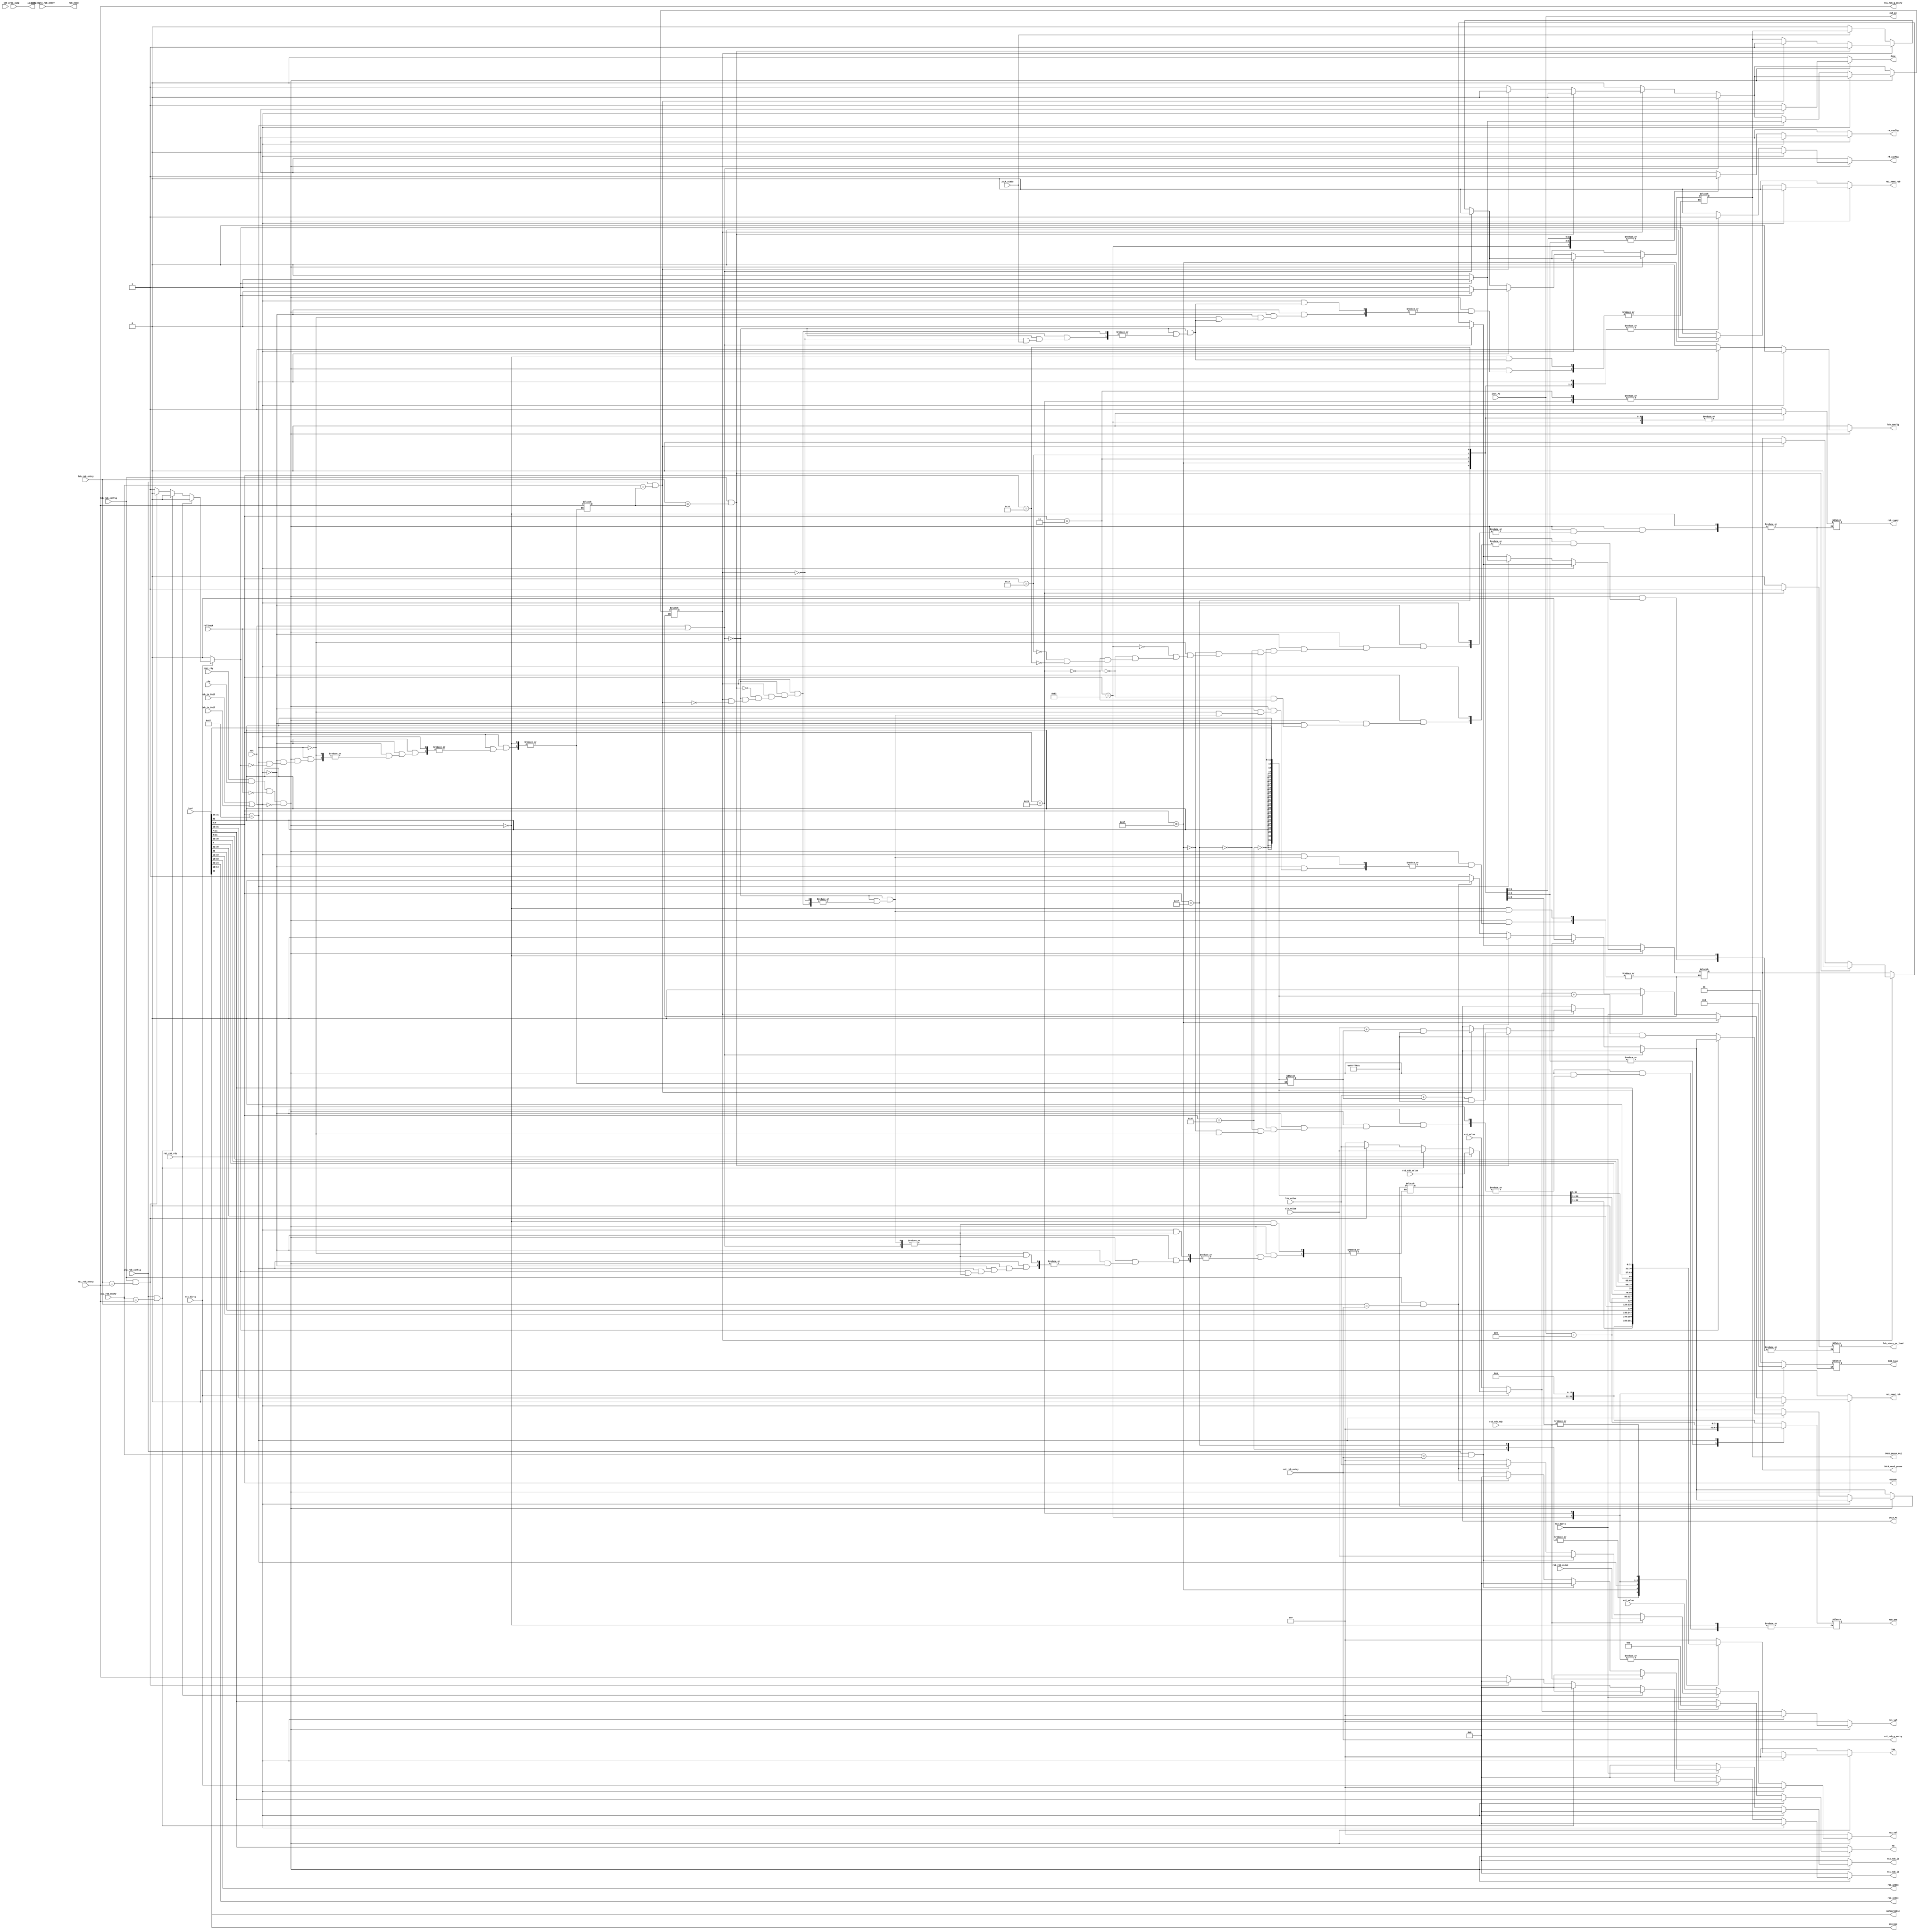
`ifndef DEC
`define DEC
module decoder (
    input   wire            clk,
    input   wire            rst,
    input   wire            rdy,
    input   wire            rollback,

    // handle ifetch
    input   wire            inst_rdy,
    input   wire    [31:0]  inst,
    input   wire    [31:0]  inst_PC,
    input   wire            pred_jump,

    // For immediate effect in the next clock, we use wire not reg
    // Query from Register File.
    output  wire     [4:0]  rs1_index,
    input   wire            rs1_dirty,
    input   wire    [3:0]   rs1_rob_entry,
    input   wire    [31:0]  rs1_value,

    output  wire     [4:0]  rs2_index,
    input   wire            rs2_dirty,
    input   wire    [3:0]   rs2_rob_entry,
    input   wire    [31:0]  rs2_value,

    // Query from ROB
    output  wire    [3:0]   rs1_rob_q_entry,
    input   wire    [31:0]  rs1_rob_value,
    input   wire            rs1_rob_rdy,

    output  wire    [3:0]   rs2_rob_q_entry,
    input   wire    [31:0]  rs2_rob_value,
    input   wire            rs2_rob_rdy,

    // To Register File to update dirty bit and ROB Entry index.
    output  reg             done,
    output  reg     [1:0]   ROB_type,
    output  reg     [6:0]   opcode,
    output  reg     [2:0]   precise,
    output  reg             moreprecise,
    output  reg     [4:0]   rd,
    output  reg     [31:0]  rs1_val,
    output  reg             rs1_need_rob,
    output  reg     [3:0]   rs1_rob_id,
    output  reg     [31:0]  rs2_val,
    output  reg             rs2_need_rob,
    output  reg     [3:0]   rs2_rob_id,
    output  reg     [31:0]  imm,
    output  reg             lsb_config,
    output  reg             lsb_store_or_load,  // 1 means store
    output  reg             rs_config,
    output  reg             rf_config,
    output  reg     [3:0]   rob_need,
    output  reg             is_jump,
    output  reg     [31:0]  out_pc,
    output  reg             rob_ready,
    output  reg     [31:0]  rob_ans,
    input   wire    [3:0]   next_empty_rob_entry,
    input   wire            rob_is_full,
    input   wire            lsb_is_full,
    // JALR pause
    output  reg             JALR_need_pause,
    output  reg             JALR_pause_rej,
    output  reg     [31:0]  JALR_PC,
    input   wire            JALR_statu,

    // broadcast from alu
    input   wire            alu_rob_config,
    input   wire    [3:0]   alu_rob_entry,
    input   wire    [31:0]  alu_value,

    // broadcast from lsb
    input   wire            lsb_rob_config,
    input   wire    [3:0]   lsb_rob_entry,
    input   wire    [31:0]  lsb_value
);
`ifdef JY
integer log;
initial begin
    log = $fopen("decoder.log", "w");
end
`endif
    // 31           25 24         20 19         15 14 12 11          7 6       0
    // +--------------+-------------+-------------+-----+-------------+---------+
    // |                   imm[31:12]                   |     rd      | 0110111 | LUI       
    // |                   imm[31:12]                   |     rd      | 0010111 | AUIPC     
    // |             imm[20|10:1|11|19:12]              |     rd      | 1101111 | JAL       
    // |         imm[11:0]          |     rs1     | 000 |     rd      | 1100111 | JALR      
    // | imm[12|10:5] |     rs2     |     rs1     | 000 | imm[4:1|11] | 1100011 | BEQ       
    // | imm[12|10:5] |     rs2     |     rs1     | 001 | imm[4:1|11] | 1100011 | BNE       
    // | imm[12|10:5] |     rs2     |     rs1     | 100 | imm[4:1|11] | 1100011 | BLT       
    // | imm[12|10:5] |     rs2     |     rs1     | 101 | imm[4:1|11] | 1100011 | BGE       
    // | imm[12|10:5] |     rs2     |     rs1     | 110 | imm[4:1|11] | 1100011 | BLTU      
    // | imm[12|10:5] |     rs2     |     rs1     | 111 | imm[4:1|11] | 1100011 | BGEU      
    // |         imm[11:0]          |     rs1     | 000 |     rd      | 0000011 | LB        
    // |         imm[11:0]          |     rs1     | 001 |     rd      | 0000011 | LH        
    // |         imm[11:0]          |     rs1     | 010 |     rd      | 0000011 | LW        
    // |         imm[11:0]          |     rs1     | 100 |     rd      | 0000011 | LBU       
    // |         imm[11:0]          |     rs1     | 101 |     rd      | 0000011 | LHU       
    // |  imm[11:5]   |     rs2     |     rs1     | 000 |  imm[4:0]   | 0100011 | SB        
    // |  imm[11:5]   |     rs2     |     rs1     | 001 |  imm[4:0]   | 0100011 | SH        
    // |  imm[11:5]   |     rs2     |     rs1     | 010 |  imm[4:0]   | 0100011 | SW        
    // |         imm[11:0]          |     rs1     | 000 |     rd      | 0010011 | ADDI      
    // |         imm[11:0]          |     rs1     | 010 |     rd      | 0010011 | SLTI      
    // |         imm[11:0]          |     rs1     | 011 |     rd      | 0010011 | SLTIU     
    // |         imm[11:0]          |     rs1     | 100 |     rd      | 0010011 | XORI      
    // |         imm[11:0]          |     rs1     | 110 |     rd      | 0010011 | ORI       
    // |         imm[11:0]          |     rs1     | 111 |     rd      | 0010011 | ANDI      
    // |   0000000    |    shamt    |     rs1     | 001 |     rd      | 0010011 | SLLI      
    // |   0000000    |    shamt    |     rs1     | 101 |     rd      | 0010011 | SRLI      
    // |   0100000    |    shamt    |     rs1     | 101 |     rd      | 0010011 | SRAI      
    // |   0000000    |     rs2     |     rs1     | 000 |     rd      | 0110011 | ADD       
    // |   0100000    |     rs2     |     rs1     | 000 |     rd      | 0110011 | SUB       
    // |   0000000    |     rs2     |     rs1     | 001 |     rd      | 0110011 | SLL       
    // |   0000000    |     rs2     |     rs1     | 010 |     rd      | 0110011 | SLT       
    // |   0000000    |     rs2     |     rs1     | 011 |     rd      | 0110011 | SLTU      
    // |   0000000    |     rs2     |     rs1     | 100 |     rd      | 0110011 | XOR       
    // |   0000000    |     rs2     |     rs1     | 101 |     rd      | 0110011 | SRL       
    // |   0100000    |     rs2     |     rs1     | 101 |     rd      | 0110011 | SRA       
    // |   0000000    |     rs2     |     rs1     | 110 |     rd      | 0110011 | OR        
    // |   0000000    |     rs2     |     rs1     | 111 |     rd      | 0110011 | AND       
    // an instruction can be divided into 9 categories:
    // 1. LUI & AUIPC & JAL
    // 2. JALR
    // 3. BEQ & BNE & BLT & BGE & BLTU & BGEU
    // 4. LB & LH & LW & LBU & LHU
    // 5. SB & SH & SW
    // 6. ADDI & SLTI & SLTIU & XORI & ORI & ANDI & SLLI & SRLI & SRAI
    // 7. ADD & SUB & SLL & SLT & SLTU & XOR & SRL & SRA & OR & AND
    // 8. END
    // [6:0] to note opcode, and each have [4:0];
    // and [31:0] rd, [31:0] rs1, [31:0] rs2, [31:0] imm;
    
    // query for rs1 and rs2
    // query for rs1 and rs2 if rely on ROB
    assign  rs1_rob_q_entry = rs1_rob_entry;
    assign  rs2_rob_q_entry = rs2_rob_entry;
    assign  rs1_index   = inst[19:15];
    assign  rs2_index   = inst[24:20];
    reg             is_wait;
    reg     [3:0]   wait_for_rob;
    reg     [31:0]  offset;


    always @(*) begin
        opcode  = inst[6:0];
        precise = inst[14:12];
        moreprecise = inst[30];
        rd  = inst[11:7];
        imm = 32'b0;
        rs1_val     = 32'b0;
        rs2_val     = 32'b0;
        rs1_rob_id  = 4'b0;
        rs2_rob_id  = 4'b0;
        rs1_need_rob    = 1'b0;
        rs2_need_rob    = 1'b0;
        done    = 1'b0;
        lsb_config  = 1'b0;
        rs_config   = 1'b0;
        rf_config   = 1'b0;
        rob_need    = next_empty_rob_entry;
        is_jump = pred_jump;
        out_pc  = inst_PC;
        if (rst || rollback) begin
            is_wait = 1'b0;
            JALR_need_pause = 1'b0;
            JALR_pause_rej  = 1'b0;
        end
        else if (is_wait) begin
                `ifdef JY
                    $fdisplay(log, "%t wait for rob: %D;", $realtime, wait_for_rob);
                `endif
                if (alu_rob_config && (alu_rob_entry == wait_for_rob)) begin
                    is_wait = 1'b0;
                    JALR_pause_rej  = 1'b1;
                    JALR_need_pause = 1'b0;
                    JALR_PC = (alu_value + offset) & 32'b11111111111111111111111111111110;
                    `ifdef JY
                        $fdisplay(log, "%t alu back from JALR; new PC: %H; VAL: %H; OFF: %H;", $realtime, (alu_value + offset) & 32'b11111111111111111111111111111110, alu_value, offset);
                    `endif
                end
                if (lsb_rob_config && (lsb_rob_entry == wait_for_rob)) begin
                    is_wait = 1'b0;
                    JALR_pause_rej  = 1'b1;
                    JALR_need_pause = 1'b0;
                    JALR_PC = (lsb_value + offset) & 32'b11111111111111111111111111111110;
                    `ifdef JY
                        $fdisplay(log, "%t lsb back from JALR; new PC: %H; VAL: %H; OFF: %H;", $realtime, (lsb_value + offset) & 32'b11111111111111111111111111111110, lsb_value, offset);
                    `endif
                end
        end
        else if (!JALR_statu) begin
            JALR_pause_rej  = 1'b0;
        end
        if (inst_rdy && rdy && (!rollback) && (!rst)) begin
            if (!(rob_is_full || lsb_is_full))begin
                if (!rs1_dirty) begin
                    rs1_val = rs1_value;
                end else if (rs1_rob_rdy) begin
                    rs1_val = rs1_rob_value;
                end else if (alu_rob_config && (alu_rob_entry == rs1_rob_entry)) begin
                    rs1_val = alu_value;
                end else if (lsb_rob_config && (lsb_rob_entry == rs1_rob_entry)) begin
                    rs1_val = lsb_value;
                end else begin
                    rs1_need_rob    = 1'b1;
                    rs1_rob_id  = rs1_rob_entry;
                end

                if (!rs2_dirty) begin
                    rs2_val = rs2_value;
                end else if (rs2_rob_rdy) begin
                    rs2_val = rs2_rob_value;
                end else if (alu_rob_config && (alu_rob_entry == rs2_rob_entry)) begin
                    rs2_val = alu_value;
                end else if (lsb_rob_config && (lsb_rob_entry == rs2_rob_entry)) begin
                    rs2_val = lsb_value;
                end else begin
                    rs2_need_rob    = 1'b1;
                    rs2_rob_id  = rs2_rob_entry;
                end
                case (opcode)
                    7'b0110111: begin   // LUI
                        `ifdef JY
                            $fdisplay(log, "%t LUI;", $realtime);
                        `endif
                        imm = {inst[31:12], 12'b0};
                        rob_ans = {inst[31:12], 12'b0};
                        rs_config   = 1'b0;
                        ROB_type    = 2'b00;
                        rob_ready   = 1'b1;
                        lsb_config  = 1'b0;
                        rf_config   = 1'b1;
                    end
                    7'b0010111: begin   // AUIPC
                        `ifdef JY
                            $fdisplay(log, "%t AUIPC;", $realtime);
                        `endif
                        imm = {inst[31:12], 12'b0};
                        rob_ans = 32'b0;
                        rs_config   = 1'b1;
                        ROB_type    = 2'b00;
                        rob_ready   = 1'b0;
                        lsb_config  = 1'b0;
                        rf_config   = 1'b1;
                    end
                    7'b1101111: begin               // JAL
                        `ifdef JY
                            $fdisplay(log, "%t JAL;", $realtime);
                        `endif
                        imm = {{12{inst[31]}}, inst[19:12], inst[20], inst[30:21], 1'b0};
                        rob_ans = 32'b0;
                        rs_config   = 1'b1;
                        ROB_type    = 2'b00;
                        rob_ready   = 1'b0;
                        lsb_config  = 1'b0;
                        rf_config   = 1'b1;
                        rs1_need_rob    = 1'b0;
                        rs2_need_rob    = 1'b0;
                    end
                    7'b1100111: begin               // JALR
                        `ifdef JY
                            $fdisplay(log, "%t JALR;", $realtime);
                        `endif
                        imm = inst_PC + 4;
                        rob_ans = inst_PC + 4;
                        ROB_type    = 2'b00;
                        rob_ready   = 1'b1;
                        lsb_config  = 1'b0;
                        rf_config   = 1'b1;
                        if (rs1_need_rob) begin
                            `ifdef JY
                                $fdisplay(log, "%t JALR need pause; rob: %D;", $realtime, rs1_rob_entry);
                            `endif
                            JALR_need_pause = 1'b1;
                            JALR_pause_rej  = 1'b0;
                            is_wait = 1'b1;
                            wait_for_rob    = rs1_rob_entry;
                            offset  = {{21{inst[31]}}, inst[30:20]};
                        end
                        else begin
                            `ifdef JY
                                $fdisplay(log, "%t JALR don't pause; new PC: %8H", $realtime, (rs1_val + {{21{inst[31]}}, inst[30:20]}) & 32'b11111111111111111111111111111110);
                            `endif
                            JALR_need_pause = 1'b0;
                            JALR_pause_rej  = 1'b1;
                            is_wait = 1'b0;
                            JALR_PC = (rs1_val + {{21{inst[31]}}, inst[30:20]}) & 32'b11111111111111111111111111111110;
                        end
                    end
                    7'b1100011: begin               // branch
                        `ifdef JY
                            $fdisplay(log, "%t Branch;", $realtime);
                        `endif
                        imm = {{21{inst[31]}}, inst[7], inst[30:25], inst[11:8], 1'b0};
                        rs_config   = 1'b1;
                        rd  = 5'b0;
                        ROB_type    = 2'b10;
                        rob_ready   = 1'b0;
                        lsb_config  = 1'b0;
                        rf_config   = 1'b0;
                    end
                    7'b0000011: begin               // load
                        `ifdef JY
                            $fdisplay(log, "%t Load;", $realtime);
                        `endif
                        imm = {{21{inst[31]}}, inst[30:20]};
                        lsb_config  = 1'b1;
                        lsb_store_or_load   = 1'b0;
                        ROB_type    = 2'b00;
                        rob_ready   = 1'b0;
                        rf_config   = 1'b1;
                    end
                    7'b0100011: begin               // store
                        `ifdef JY
                            $fdisplay(log, "%t Store;", $realtime);
                        `endif
                        imm = {{21{inst[31]}}, inst[30:25], inst[11:7]};
                        lsb_config  = 1'b1;
                        lsb_store_or_load   = 1'b1;
                        rd  = 5'b0;
                        ROB_type    = 2'b01;
                        rob_ready   = 1'b1;
                        rf_config   = 1'b0;
                    end
                    7'b0010011: begin               // op li
                        `ifdef JY
                            $fdisplay(log, "%t Opli;", $realtime);
                        `endif
                        imm = {{21{inst[31]}}, inst[30:20]};
                        rs_config   = 1'b1;
                        ROB_type    = 2'b00;
                        rob_ready   = 1'b0;
                        lsb_config  = 1'b0;
                        rf_config   = 1'b1;
                    end
                    7'b0110011:begin                // op
                        `ifdef JY
                            $fdisplay(log, "%t Op;", $realtime);
                        `endif
                        rs_config   = 1'b1;
                        ROB_type    = 2'b00;
                        rob_ready   = 1'b0;
                        lsb_config  = 1'b0;
                        rf_config   = 1'b1;
                    end
                endcase
                done    = 1'b1;
                `ifdef JY
                    $fdisplay(log, "%t PC: %D %8H; inst: %8H; opcode: %7B; Q1: %D %1B %D; Q2: %D %1B %D; rd: %D; rob: %D",$realtime, inst_PC, inst_PC, inst, opcode, rs1_index, rs1_need_rob, rs1_rob_id, rs2_index, rs2_need_rob, rs2_rob_id, rd, rob_need);
                `endif
            end
        end
    end
endmodule //decoder
`endif